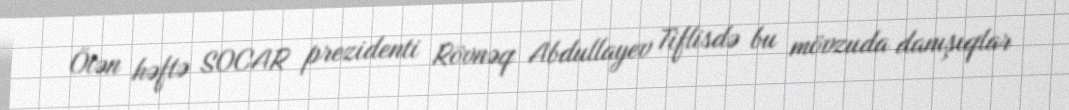
Ötən həftə SOCAR prezidenti Rövnəq Abdullayev Tiflisdə bu mövzuda danışıqlar